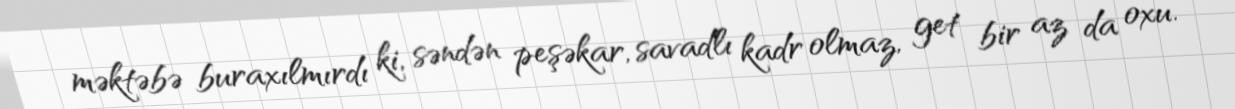
məktəbə buraxılmırdı ki, səndən peşəkar, savadlı kadr olmaz, get bir az da oxu.